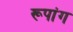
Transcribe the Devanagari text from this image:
रूपांग